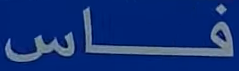
فاس